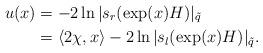
LaTeX: \begin{align*}u(x) & = -2\ln|s_r(\exp(x)H)|_{\tilde{q}} \\& = \left<2\chi, x \right> -2\ln|s_l(\exp(x)H)|_{\tilde{q}}.\end{align*}